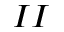
I I